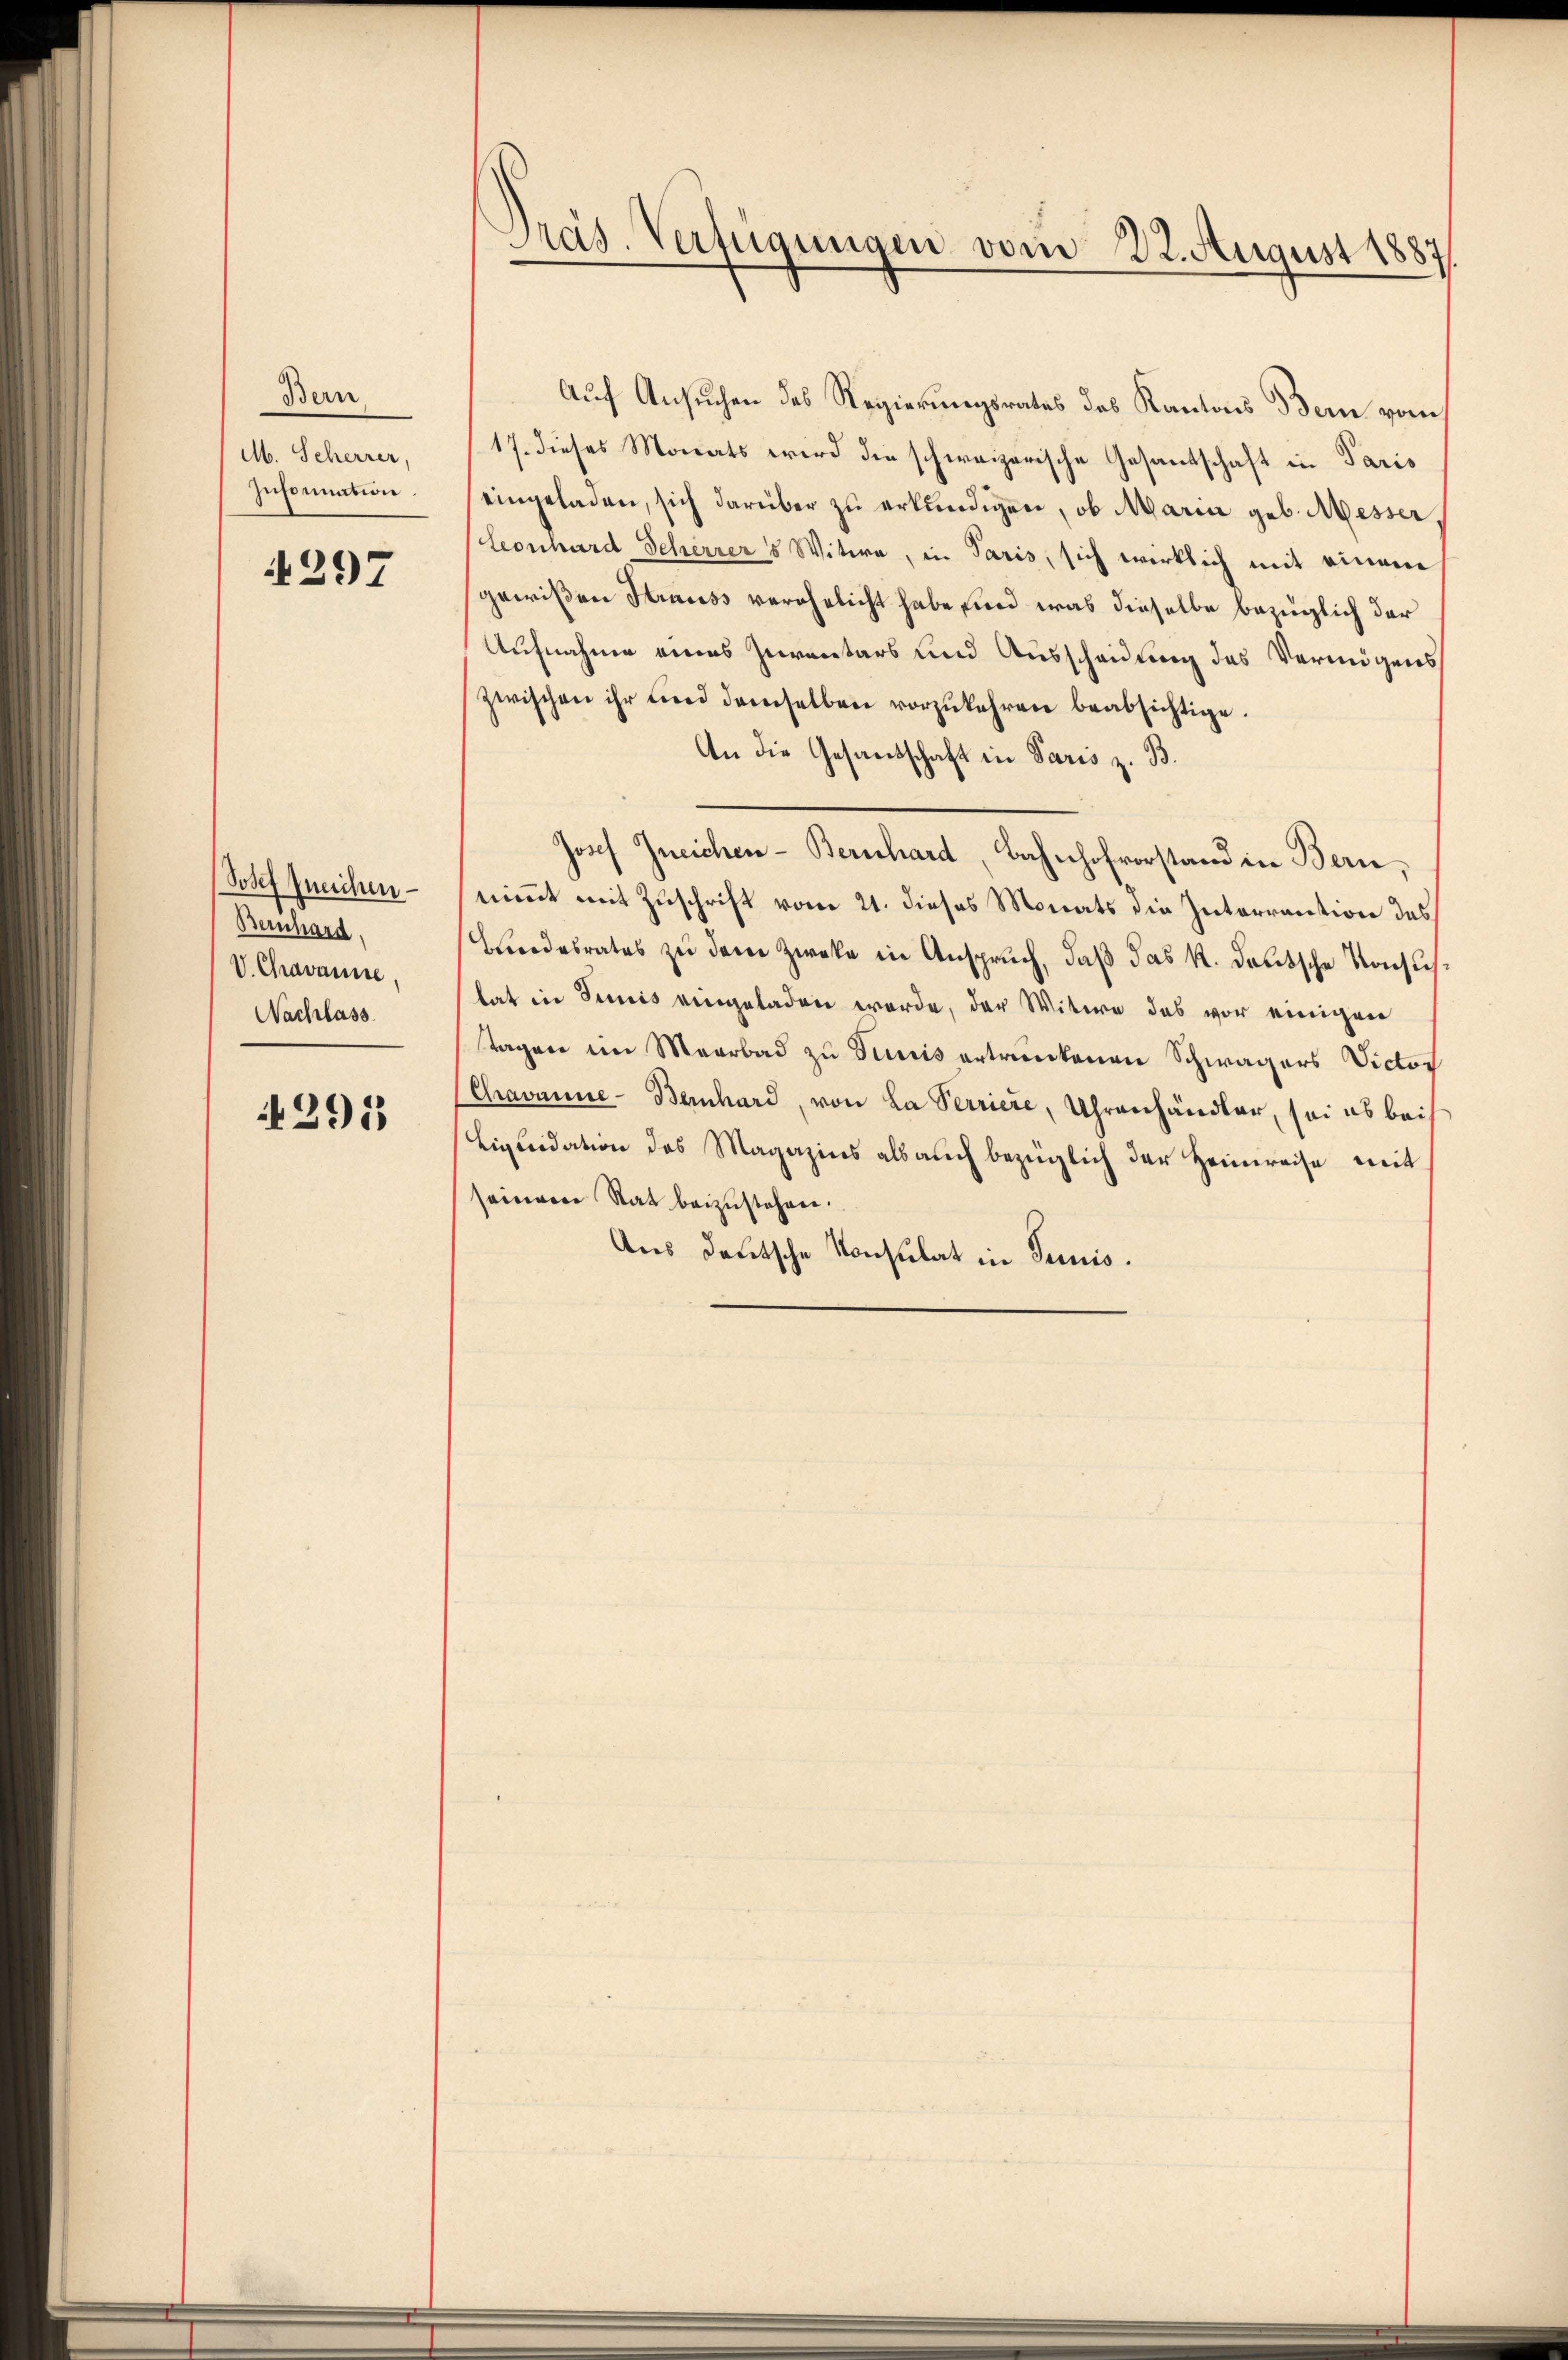
Bern
M. Scherrer,
Information.

4297

Josef Zneichen
Bernhard.
V. Chavanne
Nachlass

291)

Präs. Verfügungen vom 22. August 1887

Auf Ansuchen des Regierungsrates des Kantons Bern vom
17. dieses Monats wird die schweizerische Gesantschaft in Paris
eingeladen, sich darüber zu erkundigen, ob Maria geb. Messer¬
Leonhard Scherrers Witwe, in Paris, sich wirklich mit einem
gewißen Strauss verehelicht habe sind was dieselbe bezüglich der
Aufnahme eines Zurentars und Ausscheidung des Vermögens
zwischen ihr und demselben vorzukehren beabsichtige.
An die Gesandschaft in Paris z. B.
nimmt mit Zuschrift vom 21. dieses Monats die Interrention des
Blindesrates zu dem Zwecke in Anspruch, daß das k. deutsche Vorsichtat in Simis eingeladen werde, der Witwe das vor einigen
Tagen im Maarbad zu Tiniis ertrankenen Schwagers Victor
Chravanne-Bernhard, von La Verriere, Uhrenhändler, sei es bei
Liquidation des Magazins als auch bezüglich der Heimreise mit
seiner Rat beizustehen.
Aus deutsche Konsulat in Junis.

Josef Ineichen-Bernhard, Bahnhofvorstand in Bern,